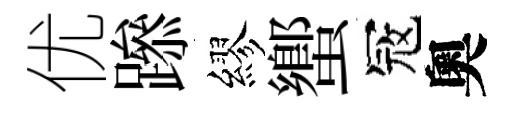
优𨅶繆蠁冦奧